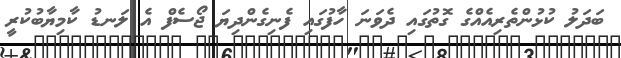
ބަދަލު ކުޅުންތެރިއެއްގެ ގޮތުގައި ދެވަނަ ހާފުގައި ފެނިގެންދިޔަ ޖޯސެފް އެ ލަނޑު ކާމިޔާބުކުރީ